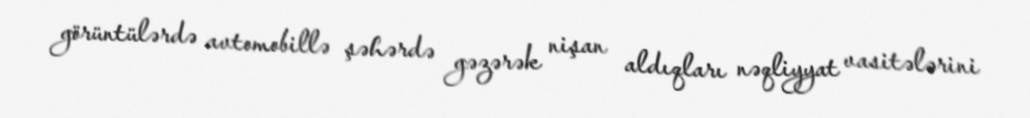
görüntülərdə avtomobillə şəhərdə gəzərək nişan aldıqları nəqliyyat vasitələrini